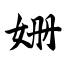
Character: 姗